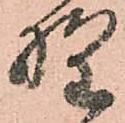
野